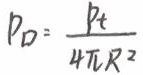
$p_{D}=\frac {p_{t}}{4\pi R^{2}}$